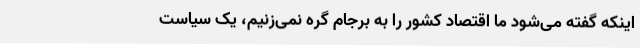
اینکه گفته می‌شود ما اقتصاد کشور را به برجام گره نمی‌زنیم، یک سیاست